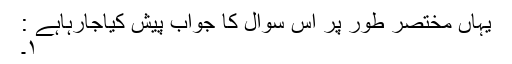
یہاں مختصر طور پر اس سوال کا جواب پیش کیاجارہاہے :
١۔